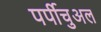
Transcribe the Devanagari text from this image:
पर्पीचुअल